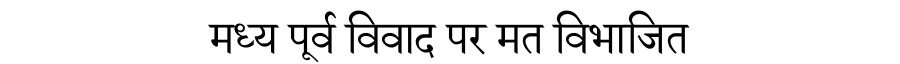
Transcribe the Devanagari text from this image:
मध्य पूर्व विवाद पर मत विभाजित